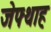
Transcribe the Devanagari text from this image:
जेफ्थाह